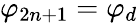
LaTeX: \varphi_{2n+1}=\varphi_{d}